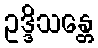
ဥဒ္ဒိသန္တေ